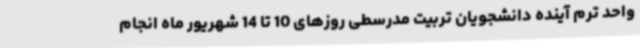
واحد ترم آینده دانشجویان تربیت مدرسطی روزهای 10 تا 14 شهریور ماه انجام